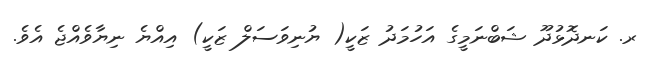
ރ. ކަނދޮޅުދޫ ޝަބްނަމީގެ އަހުމަދު ޒަކީ( ޔުނިވަސަލް ޒަކީ) އިއްޔެ ނިޔާވެއްޖެ އެވެ.